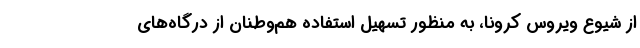
از شیوع ویروس کرونا، به منظور تسهیل استفاده هم‌وطنان از درگاه‌های